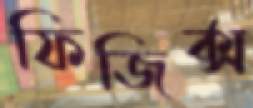
ফিজিক্স